Vaccination in Bombay 1924-1928 - 1924-1928
Year: 1924
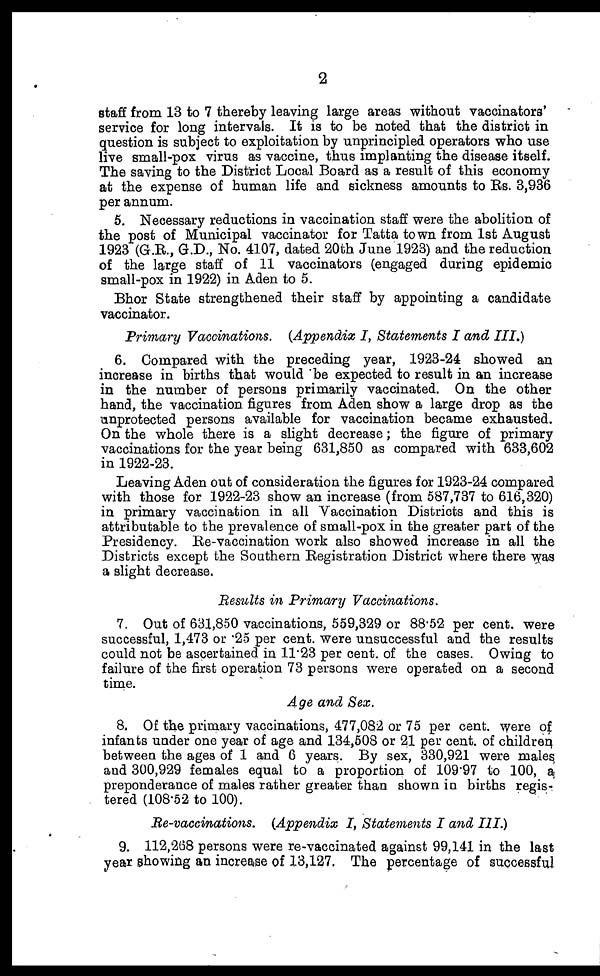
2
staff from 13 to 7 thereby leaving large areas without vaccinators'
service for long intervals. It is to be noted that the district in
question is subject to exploitation by unprincipled operators who use
live small-pox virus as vaccine, thus implanting the disease itself.
The saving to the District Local Board as a result of this economy
at the expense of human life and sickness amounts to Rs. 3,936
per annum.
5. Necessary reductions in vaccination staff were the abolition of
the post of Municipal vaccinator for Tatta town from 1st August
1923 (G.R., G.D., No. 4107, dated 20th June 1923) and the reduction
of the large staff of 11 vaccinators (engaged during epidemic
small-pox in 1922) in Aden to 5.
Bhor State strengthened their staff by appointing a candidate
vaccinator.
Primary Vaccinations. (Appendix I, Statements I and III.)
6. Compared with the preceding year, 1923-24 showed an
increase in births that would be expected to result in an increase
in the number of persons primarily vaccinated. On the other
hand, the vaccination figures from Aden show a large drop as the
unprotected persons available for vaccination became exhausted.
On the whole there is a slight decrease; the figure of primary
vaccinations for the year being 631,850 as compared with 633,602
in 1922-23.
Leaving Aden out of consideration the figures for 1923-24 compared
with those for 1922-23 show an increase (from 587,737 to 616,320)
in primary vaccination in all Vaccination Districts and this is
attributable to the prevalence of small-pox in the greater part of the
Presidency. Re-vaccination work also showed increase in all the
Districts except the Southern Registration District where there was
a slight decrease.
Results in Primary Vaccinations.
7. Out of 631,850 vaccinations, 559,329 or 88.52 per cent. were
successful, 1,473 or .25 per cent. were unsuccessful and the results
could not be ascertained in 11.23 per cent. of the cases. Owing to
failure of the first operation 73 persons were operated on a second
time.
Age and Sex.
8. Of the primary vaccinations, 477,082 or 75 per cent. were of
infants under one year of age and 134,508 or 21 per cent. of children
between the ages of 1 and 6 years. By sex, 330,921 were males
and 300,929 females equal to a proportion of 109.97 to 100, a
preponderance of males rather greater than shown in births regis-
tered (108.52 to 100).
Re-vaccinations. (Appendix I, Statements I and III.)
9. 112,268 persons were re-vaccinated against 99,141 in the last
year showing an increase of 13,127. The percentage of successful